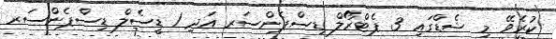
ކުރެވޭ މި ޝެޑްގައި 3 ޕެޓްރޯލް ޑިސްޕެންސަރ އަދި 1 ޑީސެލް ޑިސްޕެންސަރ